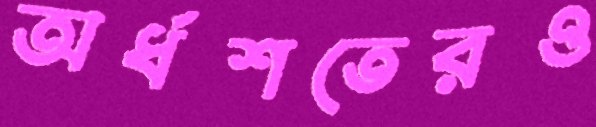
অর্ধশতেরও